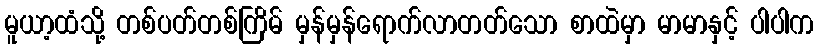
မူယာ့ထံသို့ တစ်ပတ်တစ်ကြိမ် မှန်မှန်ရောက်လာတတ်သော စာထဲမှာ မာမာနှင့် ပါပါက